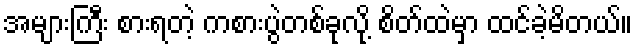
အများကြီး စားရတဲ့ ကစားပွဲတစ်ခုလို့ စိတ်ထဲမှာ ထင်ခဲ့မိတယ်။